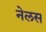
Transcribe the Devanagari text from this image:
नेलस